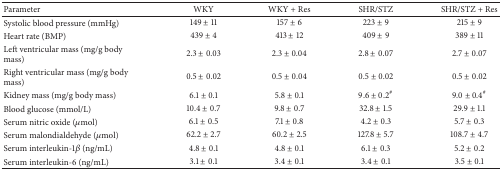
<table><thead><tr><td><b>Parameter</b></td><td><b>WKY</b></td><td><b>WKY + Res</b></td><td><b>SHR/STZ</b></td><td><b>SHR/STZ + Res</b></td></tr></thead><tbody><tr><td>Systolic blood pressure (mmHg)</td><td>149 ± 11</td><td>157 ± 6</td><td>223 ± 9</td><td>215 ± 9</td></tr><tr><td>Heart rate (BMP)</td><td>439 ± 4</td><td>413 ± 12</td><td>409 ± 9</td><td>389 ± 11</td></tr><tr><td>Left ventricular mass (mg/g body mass)</td><td>2.3 ± 0.03 </td><td>2.3 ± 0.04 </td><td>2.8 ± 0.07 </td><td>2.7 ± 0.07 </td></tr><tr><td>Right ventricular mass (mg/g body mass)</td><td>0.5 ± 0.02 </td><td>0.5 ± 0.04 </td><td>0.5 ± 0.02 </td><td>0.5 ± 0.02 </td></tr><tr><td>Kidney mass (mg/g body mass)</td><td>6.1 ± 0.1</td><td>5.8 ± 0.1</td><td>9.6 ± 0.2<sup>#</sup></td><td>9.0 ± 0.4<sup>#</sup></td></tr><tr><td>Blood glucose (mmol/L)</td><td>10.4 ± 0.7 </td><td>9.8 ± 0.7 </td><td>32.8 ± 1.5 </td><td>29.9 ± 1.1 </td></tr><tr><td>Serum nitric oxide (<i>μ</i>mol) </td><td>6.1 ± 0.5</td><td>7.1 ± 0.8</td><td>4.2 ± 0.3</td><td>5.7 ± 0.3</td></tr><tr><td>Serum malondialdehyde (<i>μ</i>mol)</td><td>62.2 ± 2.7 </td><td>60.2 ± 2.5 </td><td>127.8 ± 5.7 </td><td>108.7 ± 4.7 </td></tr><tr><td>Serum interleukin-1<i>β</i> (ng/mL)</td><td>4.8 ± 0.1</td><td>4.8 ± 0.1</td><td>6.1 ± 0.3</td><td>5.2 ± 0.2</td></tr><tr><td>Serum interleukin-6 (ng/mL)</td><td>3.1 ± 0.1</td><td>3.4 ± 0.1</td><td>3.4 ± 0.1</td><td>3.5 ± 0.1</td></tr></tbody></table>